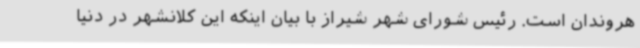
هروندان است. رئیس شورای شهر شیراز با بیان اینکه این کلانشهر در دنیا